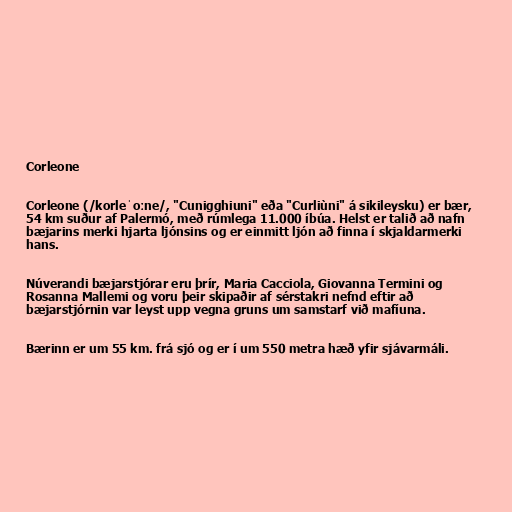
Corleone

Corleone (/korleˈoːne/, "Cunigghiuni" eða "Curliùni" á sikileysku) er bær,
54 km suður af Palermó, með rúmlega 11.000 íbúa. Helst er talið að nafn
bæjarins merki hjarta ljónsins og er einmitt ljón að finna í skjaldarmerki
hans.

Núverandi bæjarstjórar eru þrír, Maria Cacciola, Giovanna Termini og
Rosanna Mallemi og voru þeir skipaðir af sérstakri nefnd eftir að
bæjarstjórnin var leyst upp vegna gruns um samstarf við mafíuna.

Bærinn er um 55 km. frá sjó og er í um 550 metra hæð yfir sjávarmáli.